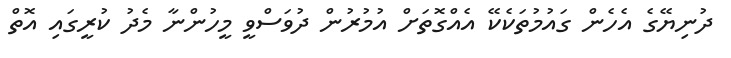
ދުނިޔޭގެ އެހެން ގައުމުތަކެކޭ އެއްގޮތަށް އުމުރުން ދުވަސްވީ މީހުންނާ މެދު ކުރީގައި އޮތް